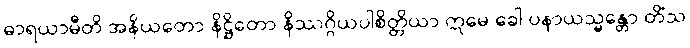
ဓာရယာမီတိ အနိယတော နိဋ္ဌိတော နိဿဂ္ဂိယပါစိတ္တိယာ ဣမေ ခေါ ပနာယသ္မန္တော တိံသ